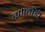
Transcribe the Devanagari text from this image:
रणतोंडी